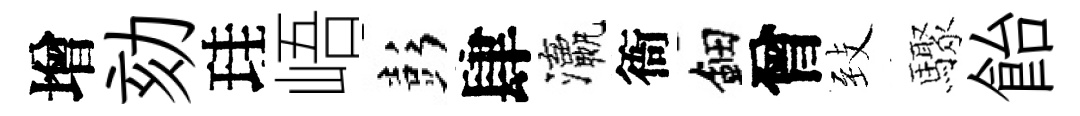
增劾珪峿彭肆瀛衙鈿曾𦤺驟飴